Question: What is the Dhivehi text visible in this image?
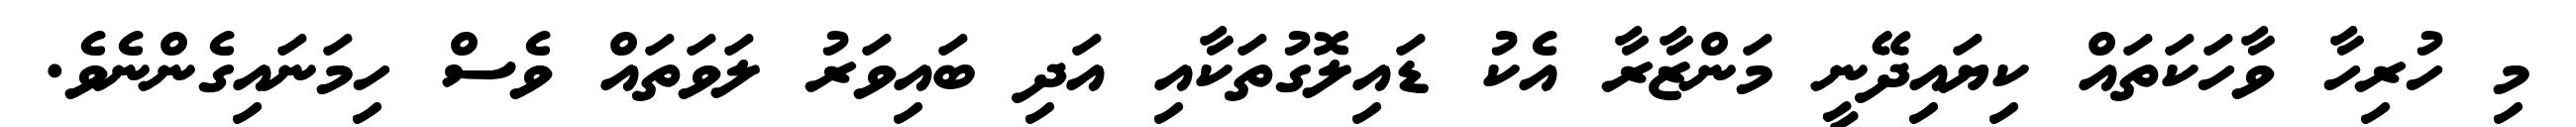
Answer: މި ހުރިހާ ވާހަކަތައް ކިޔައިދޭނީ މަންޒާރާ އެކު ޑައިލޮގުތަކާއި އަދި ބައިވަރު ލަވަތައް ވެސް ހިމަނައިގެންނެވެ.